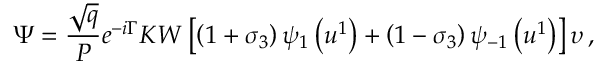
\Psi = \frac { \sqrt { q } } { P } e ^ { - i \Gamma } K W \left[ \left( 1 + \sigma _ { 3 } \right) \psi _ { 1 } \left( u ^ { 1 } \right) + \left( 1 - \sigma _ { 3 } \right) \psi _ { - 1 } \left( u ^ { 1 } \right) \right] \upsilon \, ,